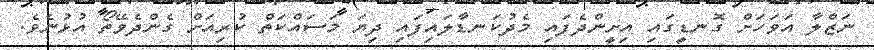
ނަޒްލާ އަވަހަށް ގޮނޑީގައި އިށީންދެފައި މެދުކަނޑާލައިފައި ދިޔަ މަސައްކަތް ކުރިއަށް ގެންދެވޭތޯ އުޅުނެވެ.